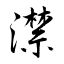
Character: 澿